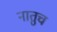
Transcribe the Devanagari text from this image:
नातुच